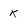
Character: k